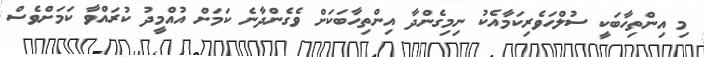
މި އިންތިހާބަކީ ސުލްހަވެރިކަމާއެކު ނިމިގެންދާ އިންތިހާބަކަށް ވެގެންދާނެ ކަމަށް އުއްމީދު ކުރައްވާ ކަމަށްވެސް